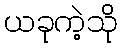
ယခုကဲ့သို